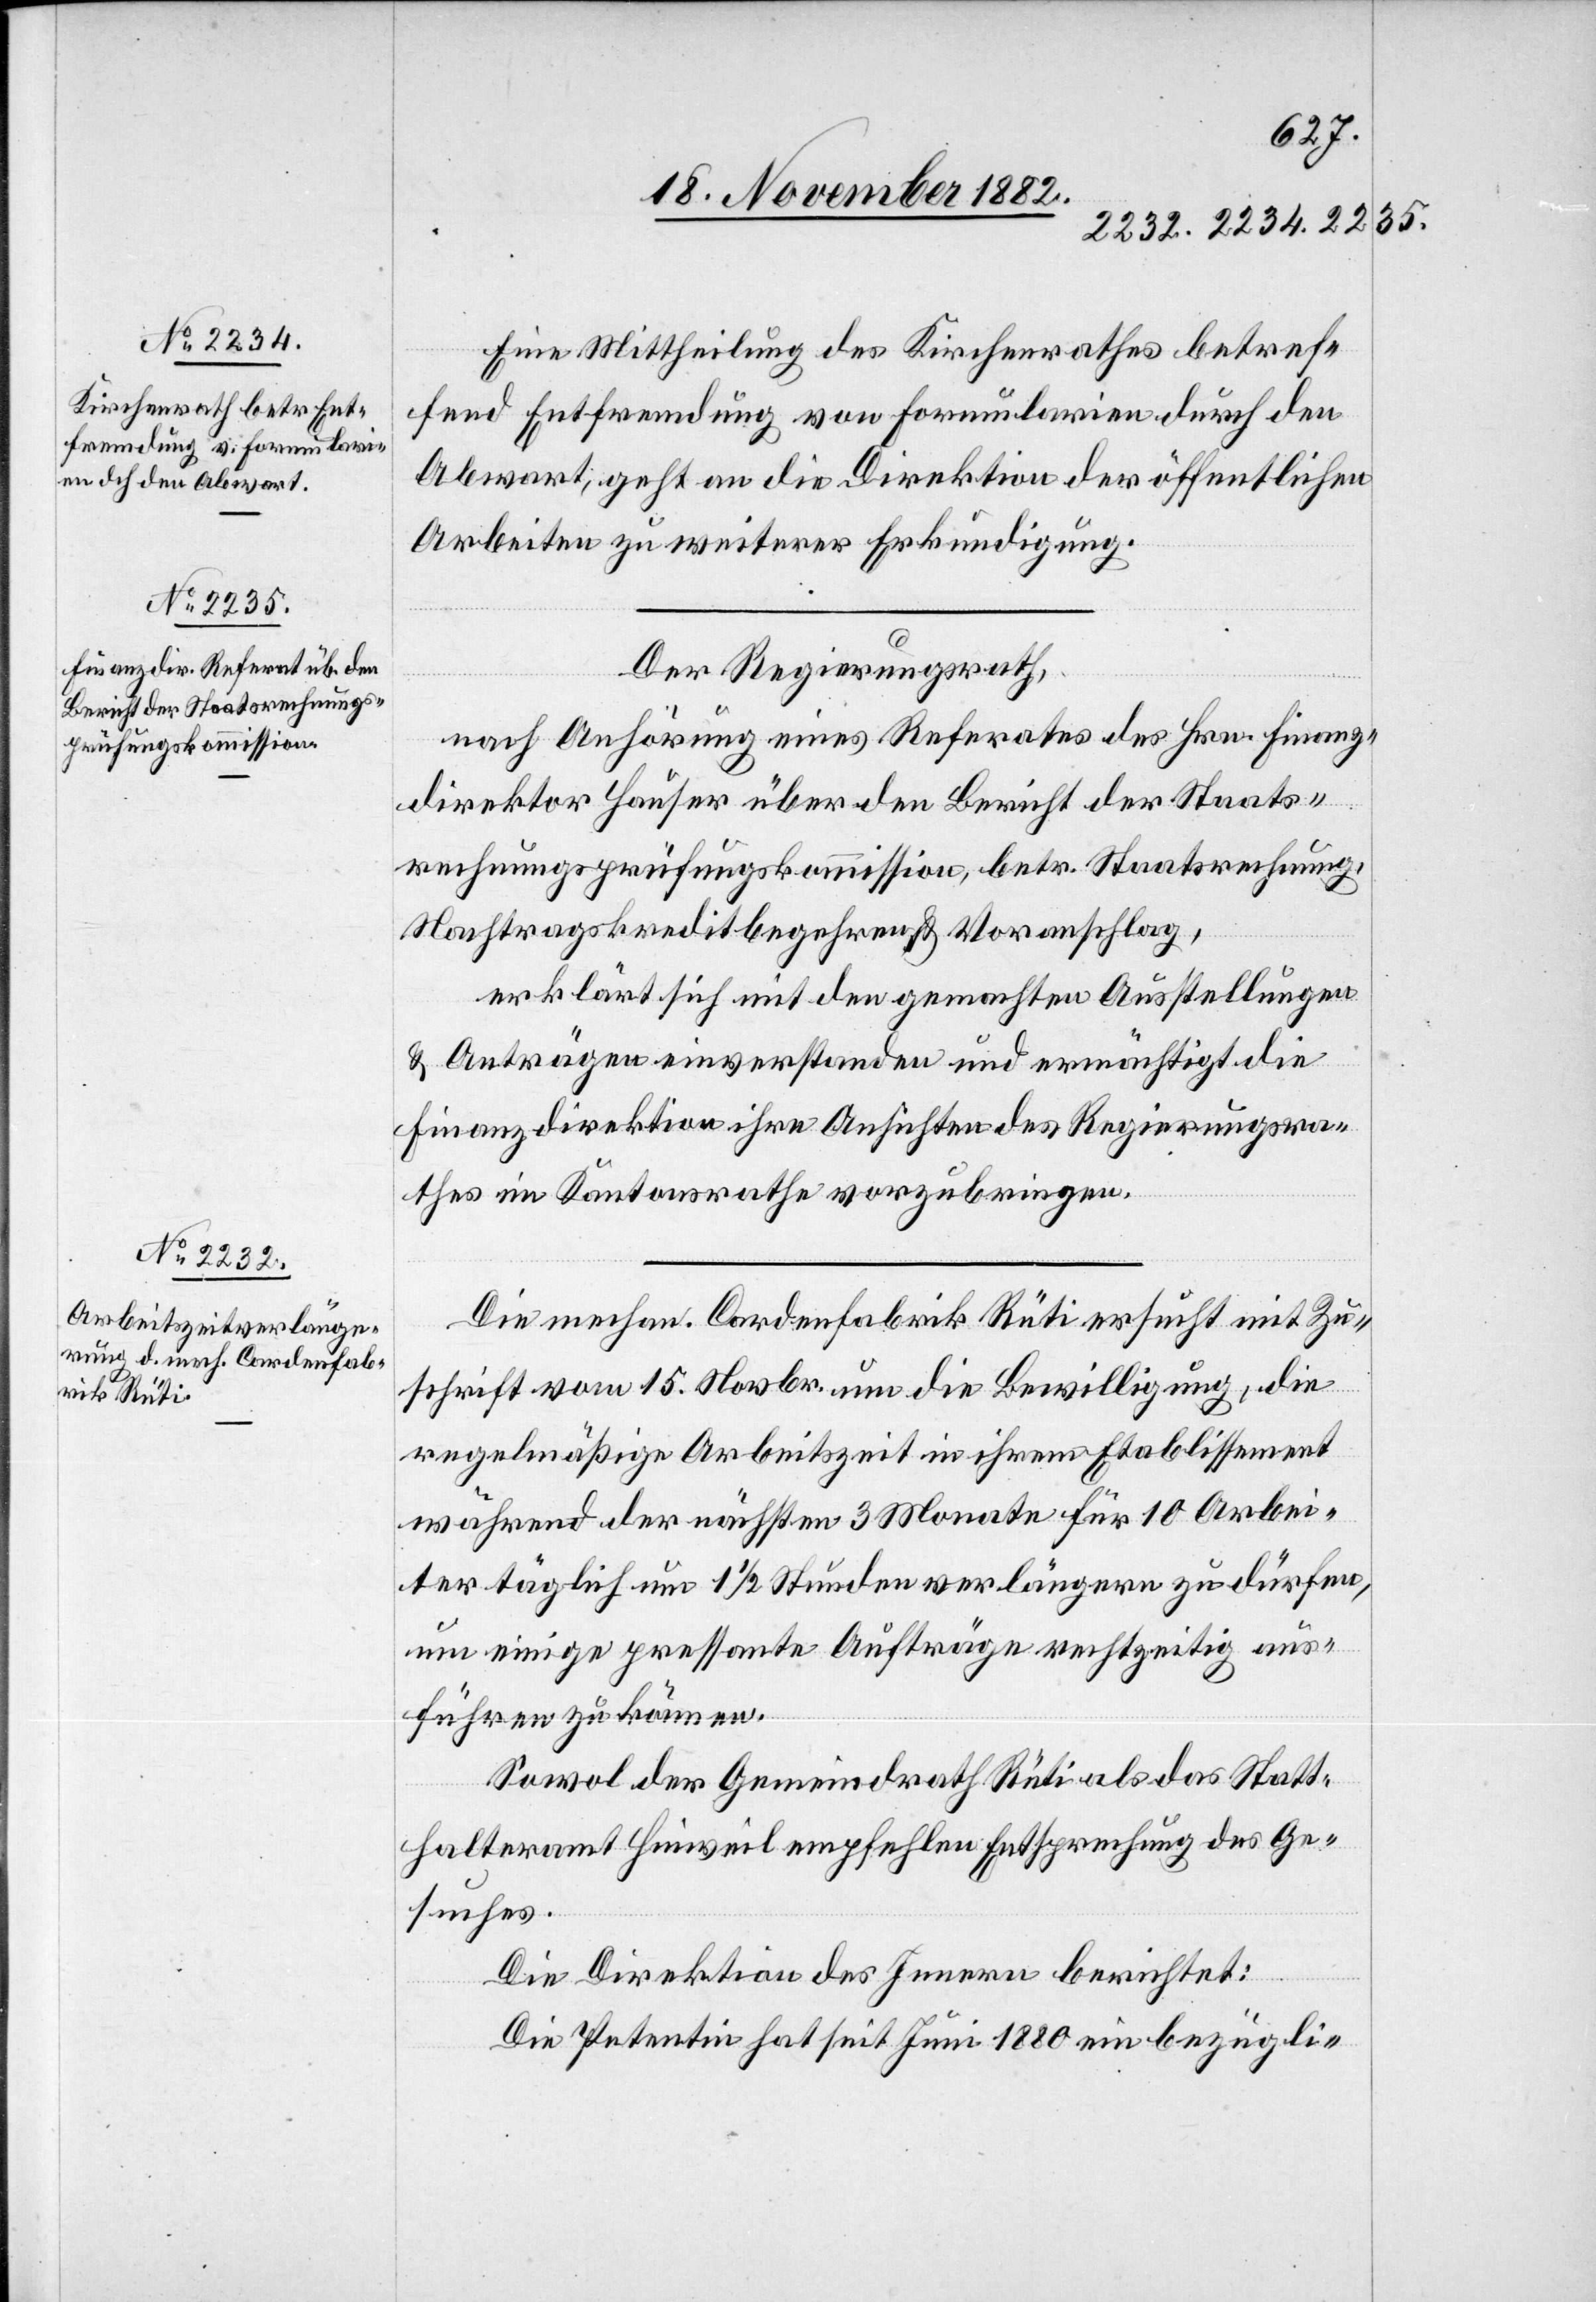
Eine Mittheilung des Kirchenrathes betref¬
fend Entfremdung von Formularien durch den
Abwart, geht an die Direktion der öffentlichen
Arbeiten zu weiterer Erkundigung.
Der Regierungsrath,
der Anhörung eines Referates des Hrn. Finanz¬
direktor Hauser über den Bericht der Staats¬
rechnungsprüfungskommission, betr. Staatsrechnung,
Nachtragskreditbegehren & Voranschlag,
erklärt sich mit den gemachten Ausstellungen
& Anträgen einverstanden und ermächtigt die
Finanzdirektion ihre Ansichten des Regierungsra¬
thes im Kantonsrathe vorzubringen.
Die mechan. Cardenfabrik Rüti ersucht mit Zu¬
schrift vom 15. Novbr. um die Bewilligung, die
regelmäßige Arbeitszeit in ihrem Etablissement
während der nächsten 3 Monate für 10 Arbei¬
ter täglich um 1 1/2 Stunden verlängern zu dürfen,
um einige pressante Aufträge rechtzeitig aus¬
führen zu können.
Sowol der Gemeindrath Rüti als das Statt¬
halteramt Hinweil empfehlen Entsprechung des Ge¬
suches.
Die Direktion des Innern berichtet:
Die Petentin hat seit Juni 1880 ein bezügli-